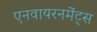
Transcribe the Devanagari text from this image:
एनवायरनमेंट्स